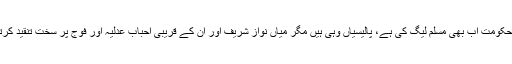
اگرچہ حکومت اب بھی مسلم لیگ کی ہے، پالیسیاں وہی ہیں مگر میاں نواز شریف اور ان کے قریبی احباب عدلیہ اور فوج پر سخت تنقید کرتے ہیں۔